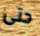
حتى